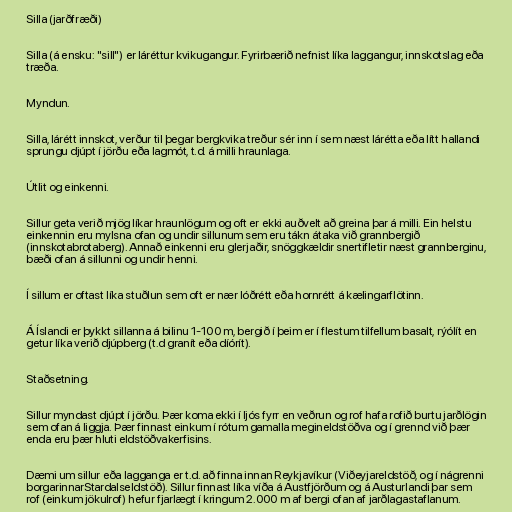
Silla (jarðfræði)

Silla (á ensku: "sill") er láréttur kvikugangur. Fyrirbærið nefnist líka laggangur, innskotslag eða
træða.

Myndun.

Silla, lárétt innskot, verður til þegar bergkvika treður sér inn í sem næst lárétta eða lítt hallandi
sprungu djúpt í jörðu eða lagmót, t.d. á milli hraunlaga.

Útlit og einkenni.

Sillur geta verið mjög líkar hraunlögum og oft er ekki auðvelt að greina þar á milli. Ein helstu
einkennin eru mylsna ofan og undir sillunum sem eru tákn átaka við grannbergið
(innskotabrotaberg). Annað einkenni eru glerjaðir, snöggkældir snertifletir næst grannberginu,
bæði ofan á sillunni og undir henni.

Í sillum er oftast líka stuðlun sem oft er nær lóðrétt eða hornrétt á kælingarflötinn.

Á Íslandi er þykkt sillanna á bilinu 1-100 m, bergið í þeim er í flestum tilfellum basalt, rýólít en
getur líka verið djúpberg (t.d granít eða díórít).

Staðsetning.

Sillur myndast djúpt í jörðu. Þær koma ekki í ljós fyrr en veðrun og rof hafa rofið burtu jarðlögin
sem ofan á liggja. Þær finnast einkum í rótum gamalla megineldstöðva og í grennd við þær
enda eru þær hluti eldstöðvakerfisins.

Dæmi um sillur eða lagganga er t.d. að finna innan Reykjavíkur (Viðeyjareldstöð, og í nágrenni
borgarinnarStardalseldstöð). Sillur finnast líka víða á Austfjörðum og á Austurlandi þar sem
rof (einkum jökulrof) hefur fjarlægt í kringum 2.000 m af bergi ofan af jarðlagastaflanum.